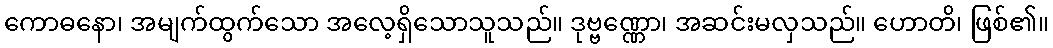
ကောဓနော၊ အမျက်ထွက်သော အလေ့ရှိသောသူသည်။ ဒုဗ္ဗဏ္ဏော၊ အဆင်းမလှသည်။ ဟောတိ၊ ဖြစ်၏။